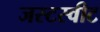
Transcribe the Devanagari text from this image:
जस्टस्वीट